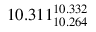
1 0 . 3 1 1 _ { 1 0 . 2 6 4 } ^ { 1 0 . 3 3 2 }